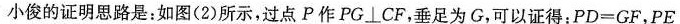
小俊的证明思路是：如图(2)所示，过点P作PG\bot CF，垂足为G，可以证得：$$P D = G F$$，$$P E